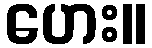
ဟေး။